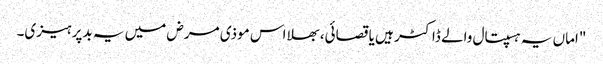
"اماں یہ ہسپتال والے ڈاکٹر ہیں یا قصائی، بھلا اس موذی مرض میں یہ بدپرہیزی۔